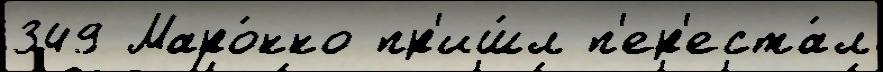
349 Маро́кко пр'иш́л п'ер'еста́л